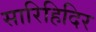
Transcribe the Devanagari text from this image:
सारिहिदिर